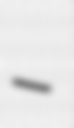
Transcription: –